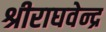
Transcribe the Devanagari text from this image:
श्रीराघवेन्द्र